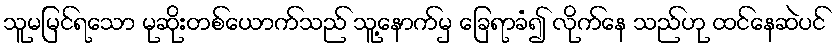
သူမမြင်ရသော မုဆိုးတစ်ယောက်သည် သူ့နောက်မှ ခြေရာခံ၍ လိုက်နေ သည်ဟု ထင်နေဆဲပင်